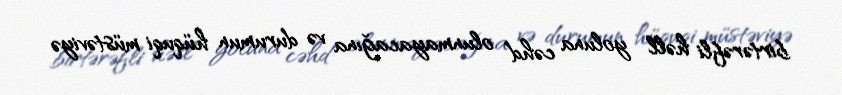
birtərəfli həll yoluna cəhd olunmayacağına və durumun hüquqi müstəviyə